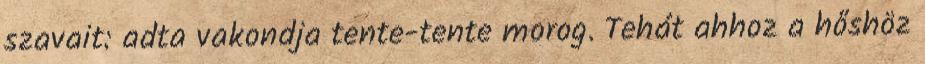
szavait: adta vakondja tente-tente morog. Tehát ahhoz a hőshöz